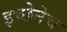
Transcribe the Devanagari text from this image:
इच्छेनेच